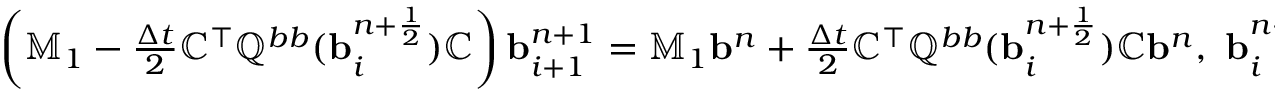
\begin{array} { r } { \left( \mathbb { M } _ { 1 } - \frac { \Delta t } { 2 } \mathbb { C } ^ { \top } \mathbb { Q } ^ { b b } ( { \mathbf b } _ { i } ^ { n + \frac { 1 } { 2 } } ) \mathbb { C } \right) { \mathbf b } _ { i + 1 } ^ { n + 1 } = \mathbb { M } _ { 1 } { \mathbf b } ^ { n } + \frac { \Delta t } { 2 } \mathbb { C } ^ { \top } \mathbb { Q } ^ { b b } ( { \mathbf b } _ { i } ^ { n + \frac { 1 } { 2 } } ) \mathbb { C } { \mathbf b } ^ { n } , \ { \mathbf b } _ { i } ^ { n + \frac { 1 } { 2 } } = \frac { { \mathbf b } ^ { n } + { \mathbf b } _ { i } ^ { n } } { 2 } . } \end{array}